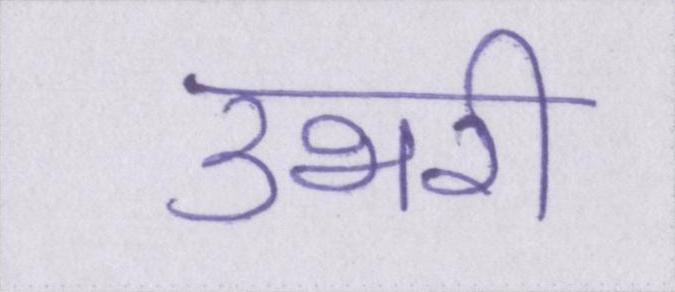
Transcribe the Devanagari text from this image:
उभरी